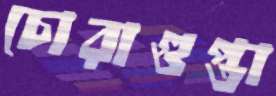
চোরাগুপ্তা